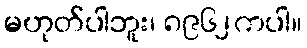
မဟုတ်ပါဘူး၊ ၈၉၆၂ကပါ။